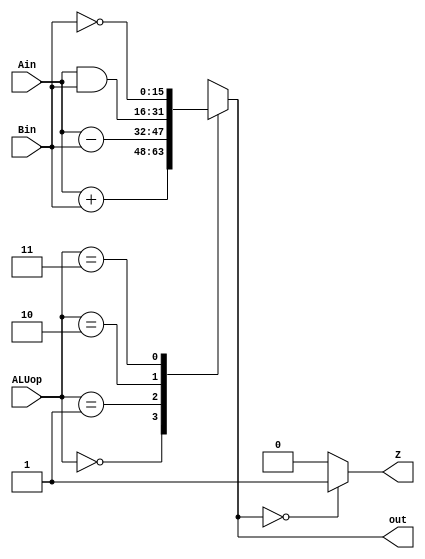
module ALU(Ain, Bin, ALUop, out, Z);
	input [15:0] Ain, Bin;
	input [1:0] ALUop;
	output reg Z;
	output reg [15:0] out;
	
	always@(*) begin
		casex(ALUop)
			2'b00: out = Ain + Bin;
			2'b01: out = Ain - Bin;
			2'b10: out = Ain & Bin;
			2'b11: out = ~Bin;
			default: out = 16'bxxxxxxxxxxxxxxxx;
		endcase
		Z = (out == 16'b0) ? 1'b1 : 1'b0;
	end
endmodule